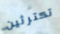
تكترثين